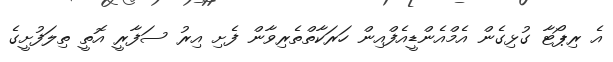
އެ ރިޕޯޓާ ގުޅިގެން އެމްއެންޑީއެފްއިން ހަރަކާތްތެރިވާން ފެށި އިރު ސަފާރީ އޮތީ ތިލަފުށީގެ